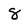
Character: 8